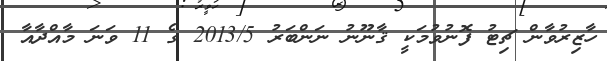
ހާޒިރުވާން ޗިޓު ފޮނުވުމަކީ ޤާނޫނު ނަންބަރު 2013/5 ގެ 11 ވަނަ މާއްދާއާ